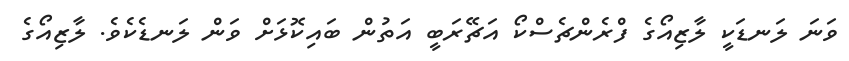
ވަނަ ލަނޑަކީ ލާޒިއޯގެ ފްރެންޗެސްކޯ އަޗޭރަބީ އަތުން ބައިކޮޅަށް ވަން ލަނޑެކެވެ. ލާޒިއޯގެ